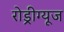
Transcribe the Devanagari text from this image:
रोड्रीग्यूज